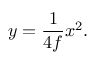
y = { \frac { 1 } { 4 f } } x ^ { 2 } .